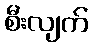
စီးလျက်